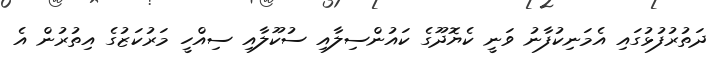
ދަތުރުފުޅުގައި އެމަނިކުފާނު ވަނީ ކެޔޮދޫގެ ކައުންސިލާއި ސުކޫލާއި ސިއްހީ މަރުކަޒުގެ އިތުރުން އެ